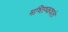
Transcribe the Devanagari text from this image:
मष्तिष्कवाले